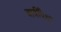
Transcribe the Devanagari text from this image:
बाबींपेक्षा